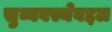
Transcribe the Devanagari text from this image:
सुव्यवस्थेबद्दल